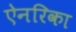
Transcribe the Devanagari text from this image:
ऐनरिका